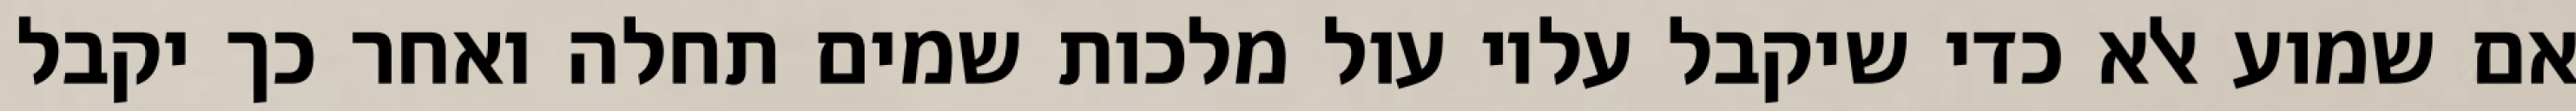
אם שמוע אלא כדי שיקבל עליו עול מלכות שמים תחלה ואחר כך יקבל